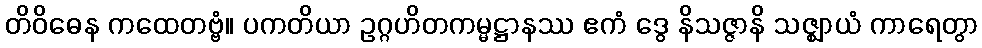
တိဝိဓေန ကထေတဗ္ဗံ။ ပကတိယာ ဥဂ္ဂဟိတကမ္မဋ္ဌာနဿ ဧကံ ဒွေ နိသဇ္ဇာနိ သဇ္ဈာယံ ကာရေတွာ